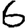
Digit: 6